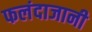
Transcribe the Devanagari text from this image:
फलंदाजानी